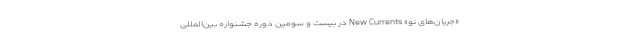
«جریان‌های نو» New Currents در بیست و سومین دوره جشنواره بین‌المللی